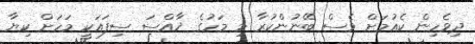
ދިވެހިން ކެއުމަށް ވެސް ބޭނުންކުރާ މި މަހުގެ ޚާއްސަ ސިފައަކީ މަހަށް ކިޔާ